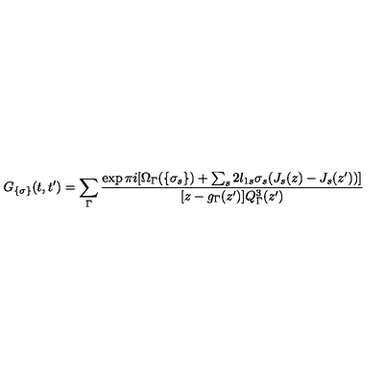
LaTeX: G _ { \{ \sigma \} } ( t , t ^ { \prime } ) = \sum _ { \Gamma } \frac { \exp \pi i [ \Omega _ { \Gamma } ( \{ \sigma _ { s } \} ) + \sum _ { s } 2 l _ { 1 s } \sigma _ { s } ( J _ { s } ( z ) - J _ { s } ( z ^ { \prime } ) ) ] } { [ z - g _ { \Gamma } ( z ^ { \prime } ) ] Q _ { \Gamma } ^ { 3 } ( z ^ { \prime } ) }